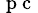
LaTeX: _{\mathrm{~p~c~}}